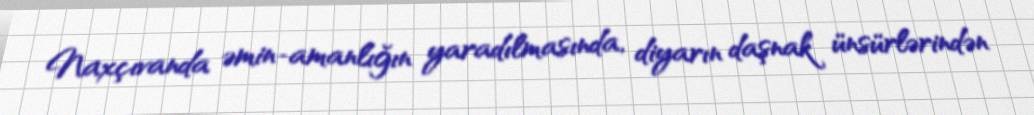
Naxçıvanda əmin-amanlığın yaradılmasında, diyarın daşnak ünsürlərindən